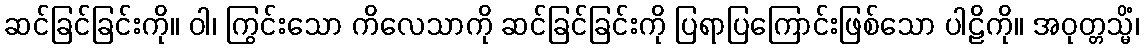
ဆင်ခြင်ခြင်းကို။ ဝါ၊ ကြွင်းသော ကိလေသာကို ဆင်ခြင်ခြင်းကို ပြရာပြကြောင်းဖြစ်သော ပါဠိကို။ အဝုတ္တသ္မိံ၊